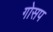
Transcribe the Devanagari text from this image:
गोसप